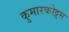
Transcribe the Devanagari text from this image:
कुमारकोट्टम